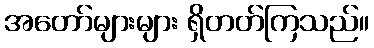
အတော်များများ ရှိတတ်ကြသည်။